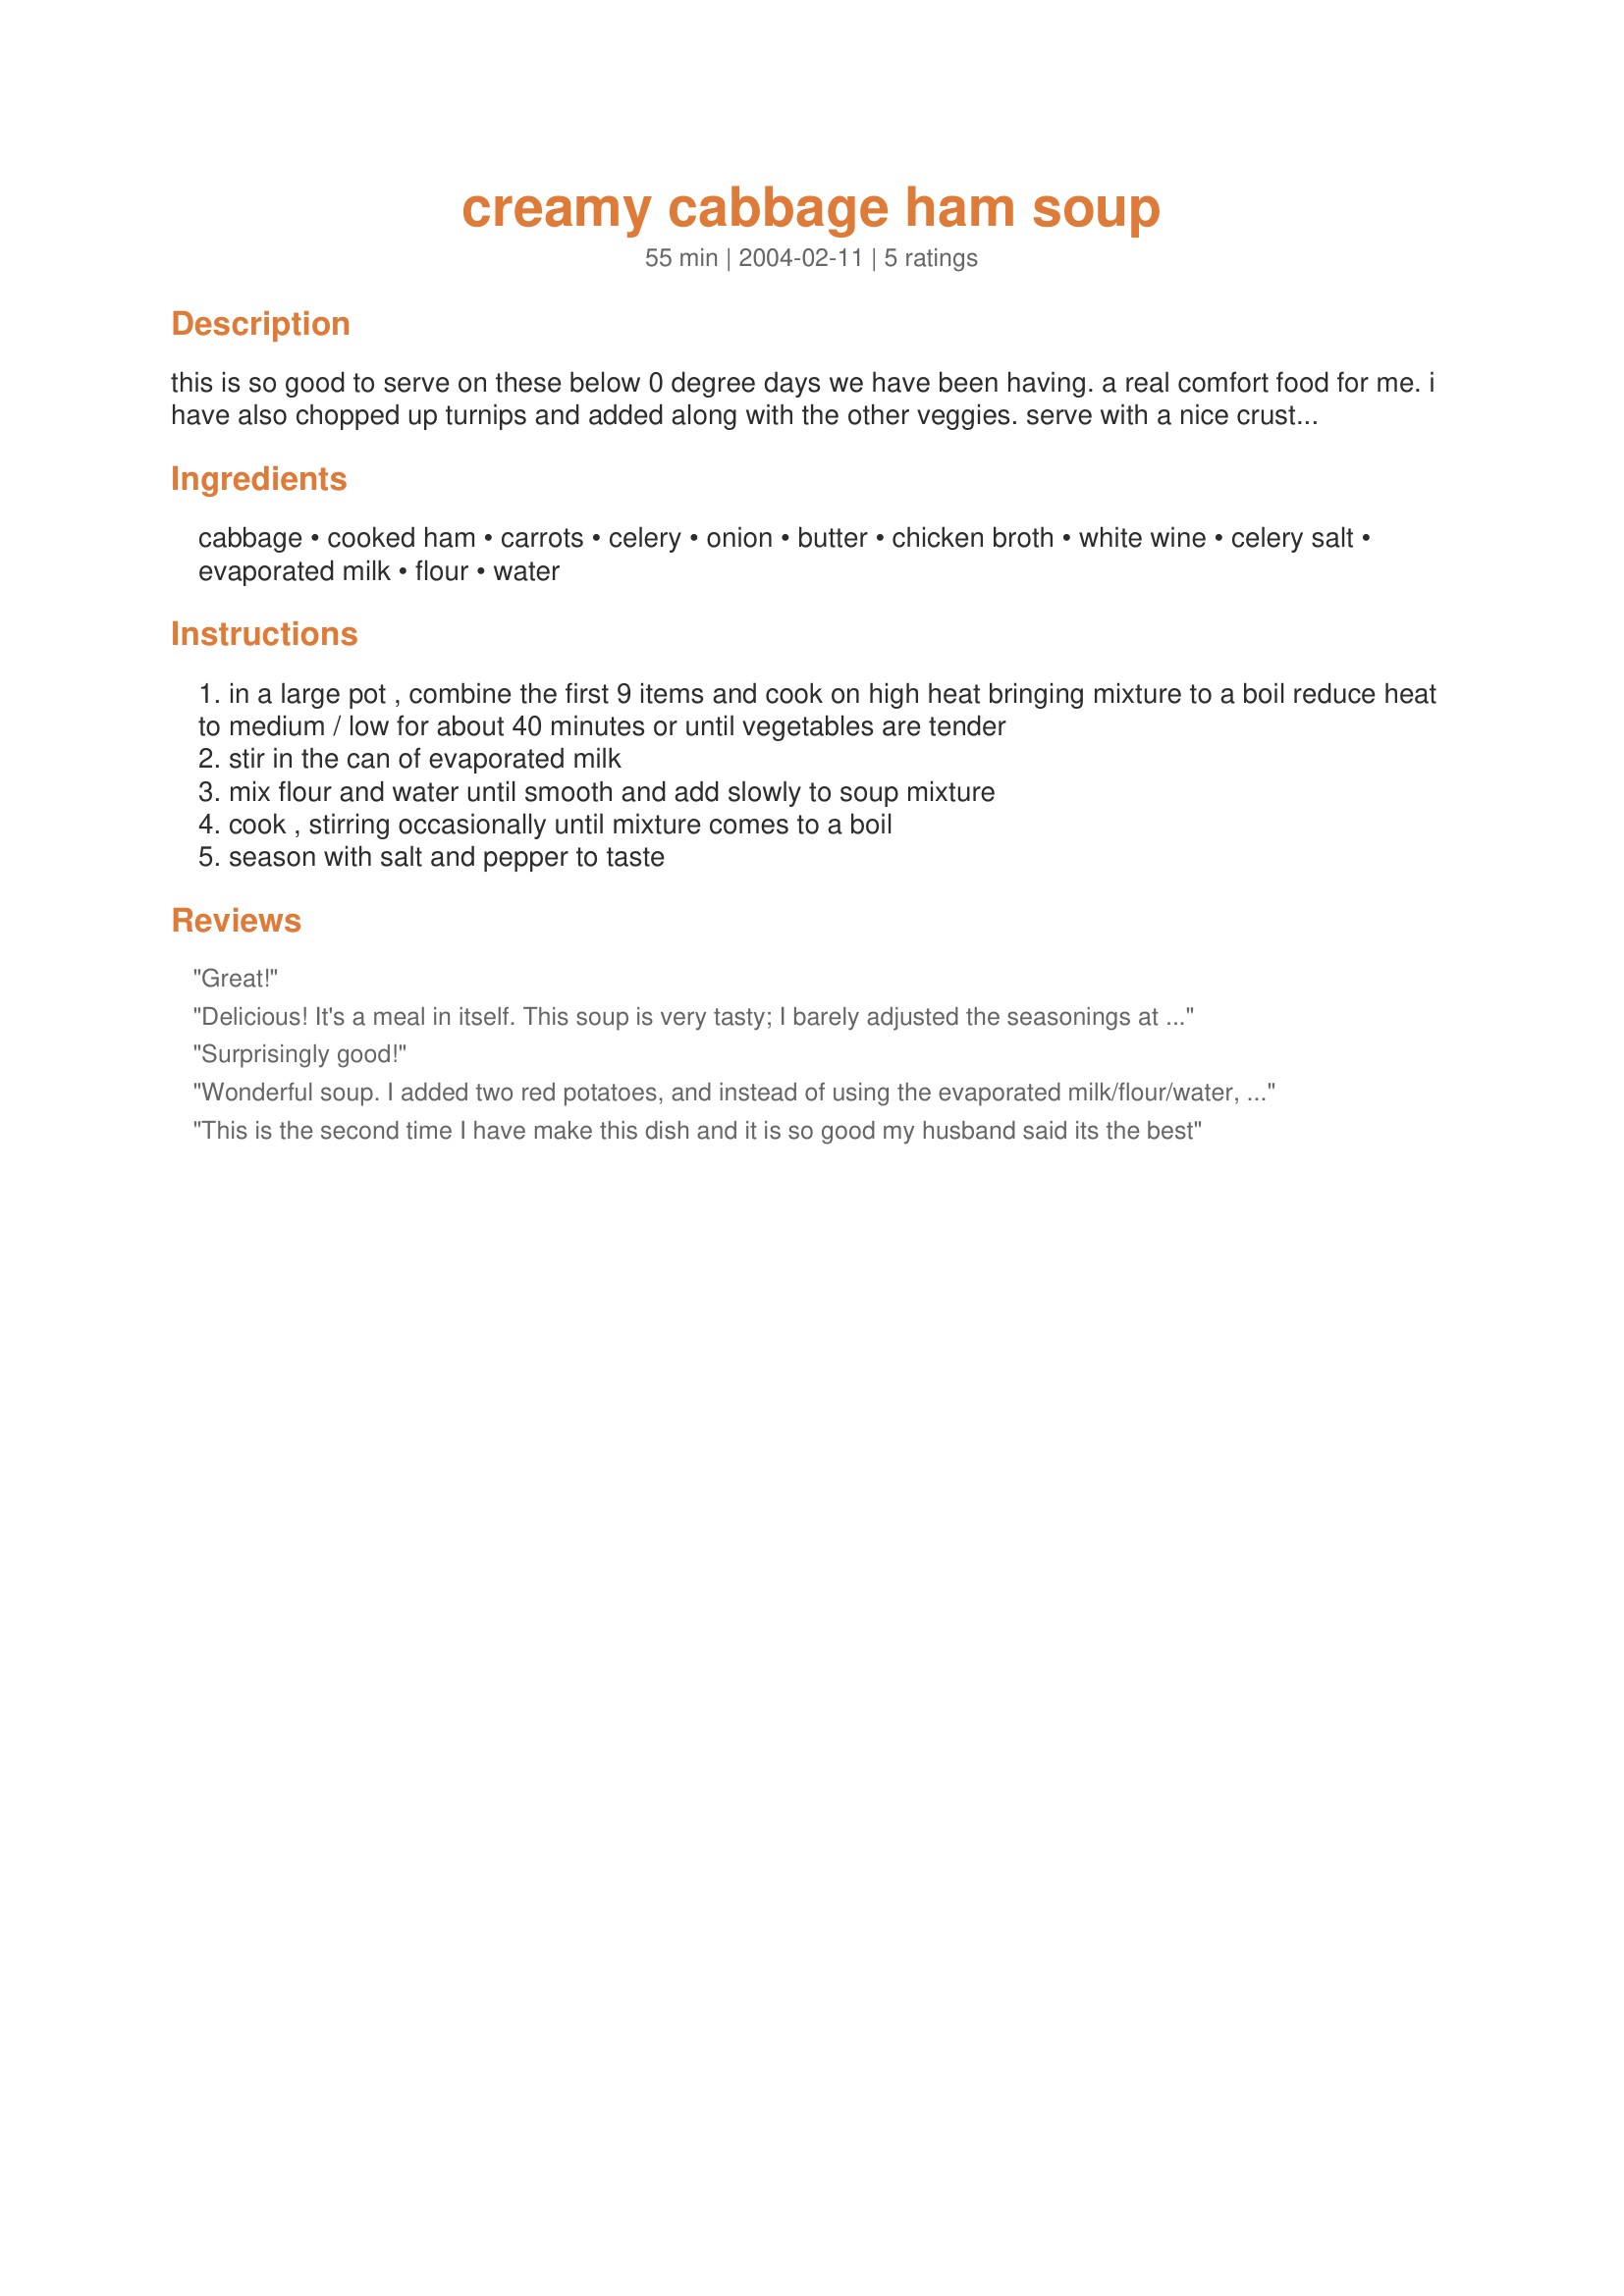
creamy cabbage ham soup
Preparation time: 55 minutes

this is so good to serve on these below 0 degree days we have been having. a real comfort food for me. i have also chopped up turnips and added along with the other veggies. serve with a nice crusty bread.

Ingredients:
cabbage, cooked ham, carrots, celery, onion, butter, chicken broth, white wine, celery salt, evaporated milk, flour, water

Steps:
in a large pot , combine the first 9 items and cook on high heat bringing mixture to a boil reduce heat to medium / low for about 40 minutes or until vegetables are tender
stir in the can of evaporated milk
mix flour and water until smooth and add slowly to soup mixture
cook , stirring occasionally until mixture comes to a boil
season with salt and pepper to taste

Reviews:
Great!
Delicious! It's a meal in itself. This soup is very tasty; I barely adjusted the seasonings at all...just added some black pepper. I reserved the butter until the end and melted it to blend in the flour, then added it to the soup. I used a 12-oz can of evaporated milk instead of a 5.5 oz can. I'll make this again. Thanx for sharing.
Surprisingly good!
Wonderful soup. I added two red potatoes, and instead of using the evaporated milk/flour/water, 
I used 3TLBS cornstarch mixed into 1/3 cup milk, and then at the very end added 1/3 cup cream.
This is the second time I have make this dish and it is so good my husband said its the best
